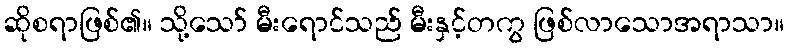
ဆိုစရာဖြစ်၏။ သို့သော် မီးရောင်သည် မီးနှင့်တကွ ဖြစ်လာသောအရာသာ။